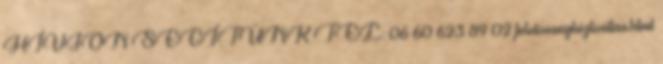
HÍVJON SEGÍTÜNK TEL: 06 60 623 89 02 felelossegbiztositas.html